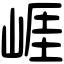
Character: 崕